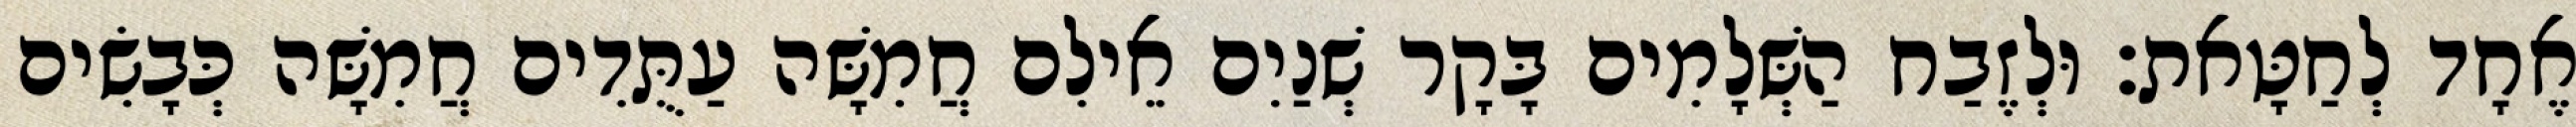
אֶחָד לְחַטָּאת׃ וּלְזֶבַח הַשְּׁלָמִים בָּקָר שְׁנַיִם אֵילִם חֲמִשָּׁה עַתֻּדִים חֲמִשָּׁה כְּבָשִׂים